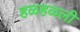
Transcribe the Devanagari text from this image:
हळहळली